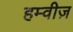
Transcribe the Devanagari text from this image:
हम्वीज़